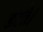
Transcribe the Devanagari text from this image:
डरते।